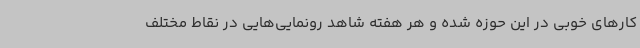
کارهای خوبی در این حوزه شده و هر هفته شاهد رونمایی‌هایی در نقاط مختلف